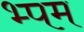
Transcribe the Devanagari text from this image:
भ्पम